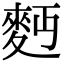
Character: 麪